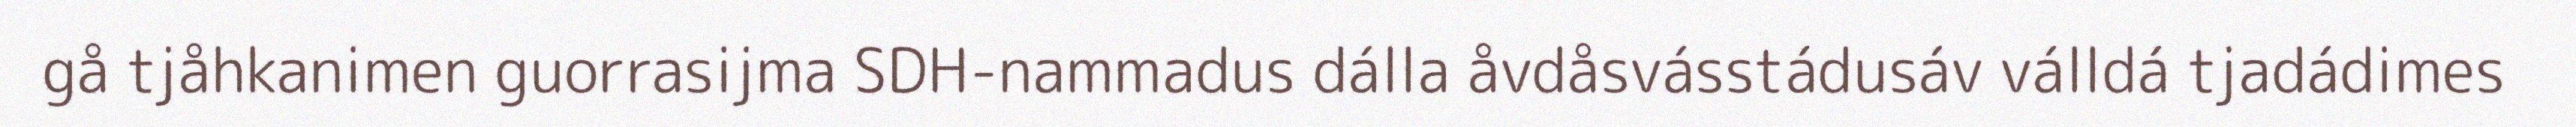
gå tjåhkanimen guorrasijma SDH-nammadus dálla åvdåsvásstádusáv válldá tjadádimes